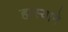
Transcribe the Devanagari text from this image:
हास्याने